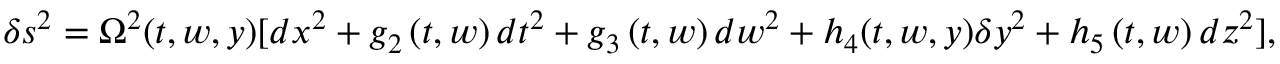
\delta s ^ { 2 } = \Omega ^ { 2 } ( t , w , y ) [ d x ^ { 2 } + g _ { 2 } \left( t , w \right) d t ^ { 2 } + g _ { 3 } \left( t , w \right) d w ^ { 2 } + h _ { 4 } ( t , w , y ) \delta y ^ { 2 } + h _ { 5 } \left( t , w \right) d z ^ { 2 } ] ,